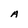
Character: A